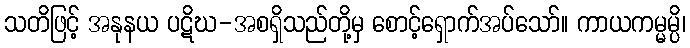
သတိဖြင့် အနုနယ ပဋိဃ-အစရှိသည်တို့မှ စောင့်ရှောက်အပ်သော်။ ကာယကမ္မမ္ပိ၊